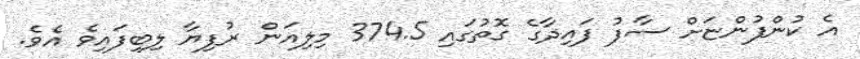
އެ ކުންފުންޏަށް ސާފު ފައިދާގެ ގޮތުގައި 374.5 މިލިއަން ރުފިޔާ ލިބިފައިވެ އެވެ.